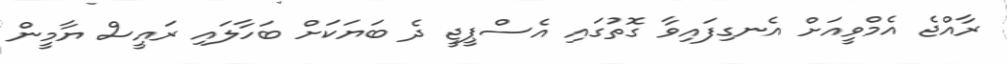
ރާއްޖެ އެމްވީއަށް އެނގިފައިވާ ގޮތުގައި އެސްޕީޖީ ދެ ބަޔަކަށް ބަހާލައި ރައީސް ޔާމީން